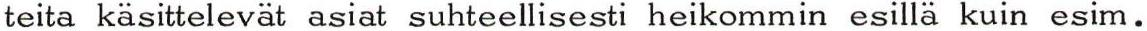
teita käsittelevät asiat suhteellisesti heikommin esillä kuin esim.